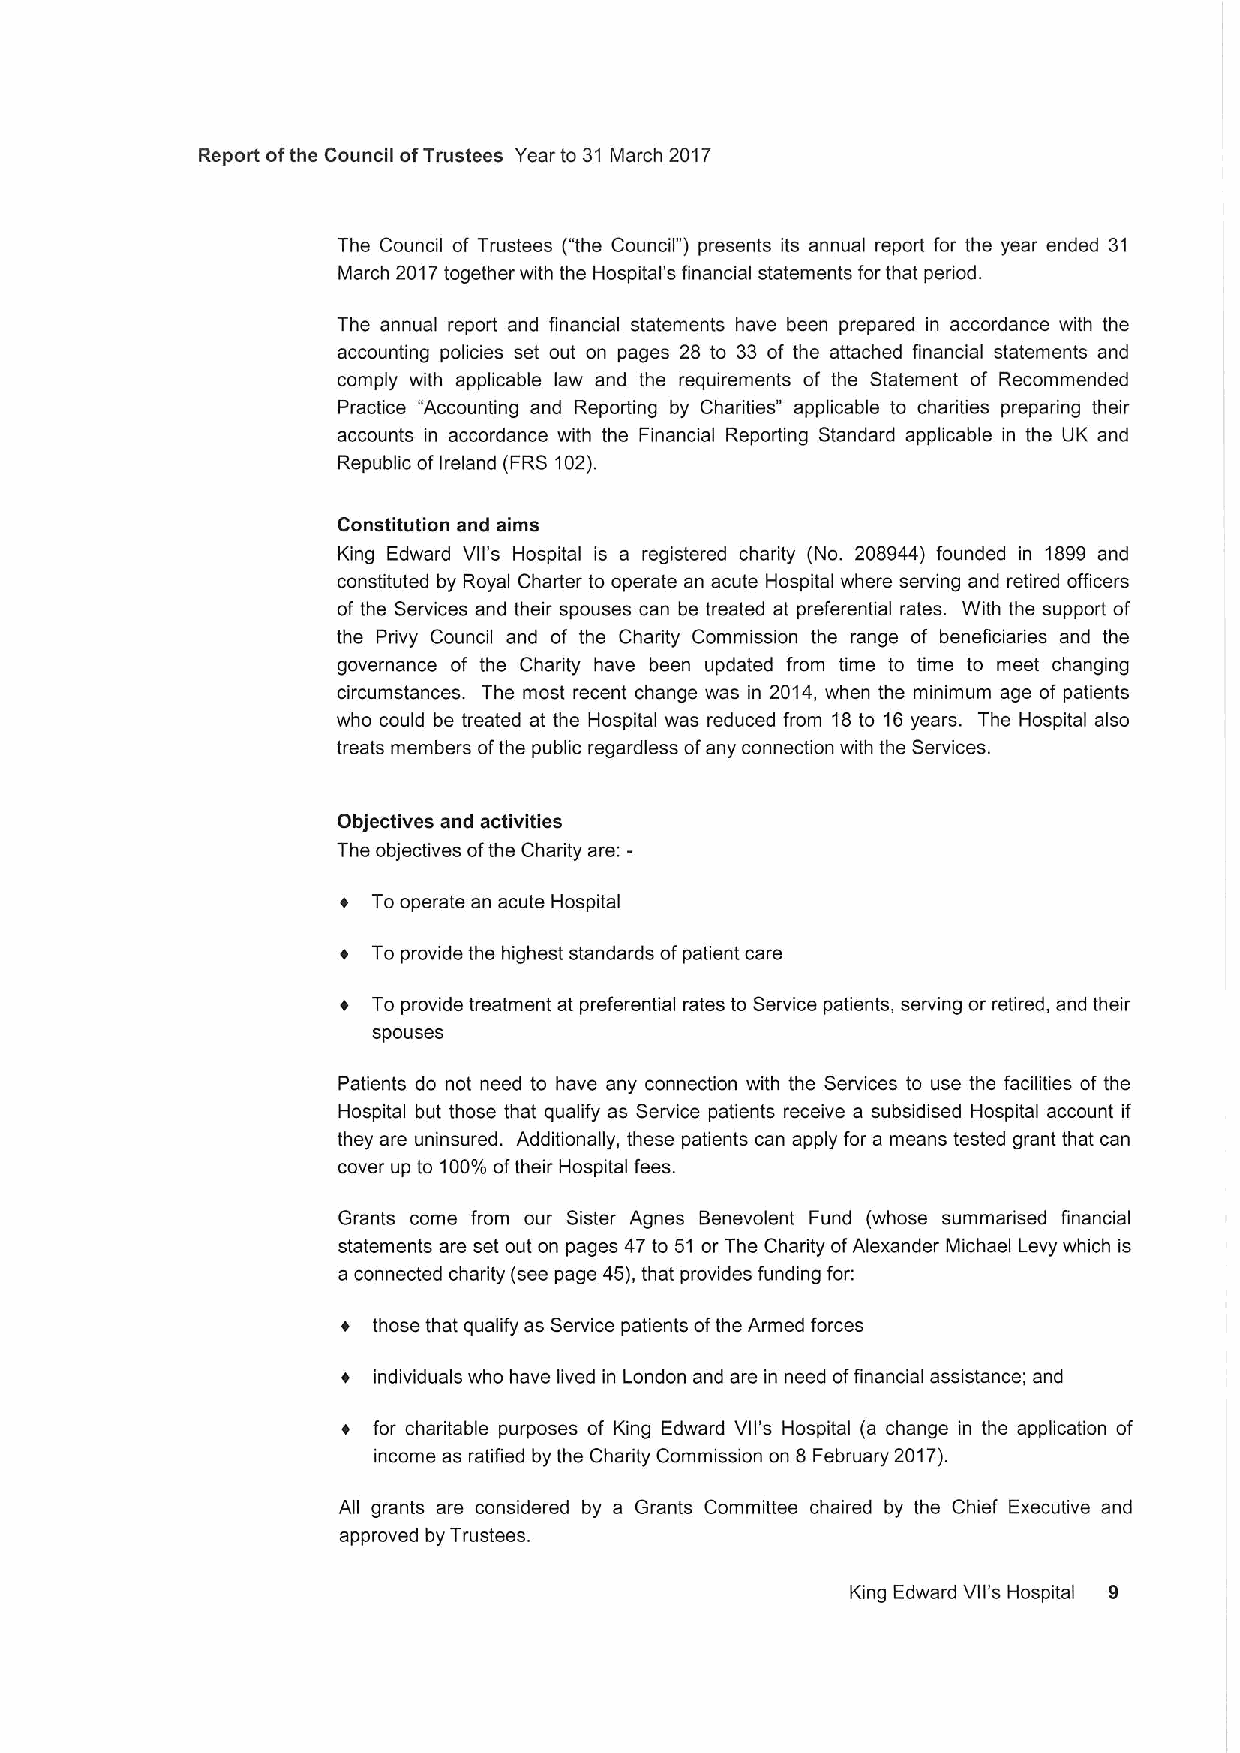
Report ofthe Council ofTrustees Year to 31 March 2017
 The Council of Trustees ("the Council" ) presents its annual report for the year ended 31
 March 2017together with the Hospital's financial statements for that period.
 The annual report and financial statements have been prepared in accordance with the
 accounting policies set out on pages 28 to 33 of the attached financial statements and
 comply with applicable law and the requirements of the Statement of Recommended
 Practice "Accounting and Reporting by Charities" applicable to charities preparing their
 accounts in accordance with the Financial Reporting Standard applicable in the UK and
 Republic ofIreland (FRS 102).
 Constitution and aims
 King Edward Vll's Hospital is a registered charity (No. 208944) founded in 1899 and
 constituted by Royal Charter to operate an acute Hospital where serving and retired officers
 of the Services and their spouses can be treated at preferential rates. With the support of
 the Privy Council and of the Charity Commission the range of beneficiaries and the
 governance of the Charity have been updated from time to time to meet changing
 circumstances. The most recent change was in 2014, when the minimum age of patients
 who could be treated at the Hospital was reduced from 18to 16years. The Hospital also
 treats members ofthe public regardless ofany connection with the Services.
 Objectives and activities
 The objectives ofthe Charity are:-
 Tooperate an acute Hospital
 To provide the highest standards ofpatient care
 To provide treatment at preferential rates to Service patients, serving or retired, and their
 spouses
 Patients do not need to have any connection with the Services to use the facilities of the
 Hospital but those that qualify as Service patients receive a subsidised Hospital account if
 they are uninsured. Additionally, these patients can apply for a means tested grant that can
 cover up to 100'Io oftheir Hospital fees.
 Grants come from our Sister Agnes Benevolent Fund (whose summarised financial
 statements are set out on pages 47 to 51 or The Charity ofAlexander Michael Levy which is
 a connected charity (see page 45),that provides funding for:
 those that qualify as Service patients ofthe Armed forces
 individuals who have lived in London and are in need offinancial assistance; and
 + for charitable purposes of King Edward Vll's Hospital (a change in the application of
 income as ratified by the Charity Commission on 8 February 2017).
 All grants are considered by a Grants Committee chaired by the Chief Executive and
 approved by Trustees.
 King Edward Vll's Hospital 9